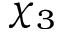
\chi _ { 3 }